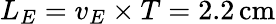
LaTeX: L_{E}=v_{E}\times T=2.2\, \mathrm{cm}